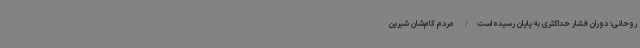
روحانی: دوران فشار حداکثری به پایان رسیده است/ مردم کام‌شان شیرین